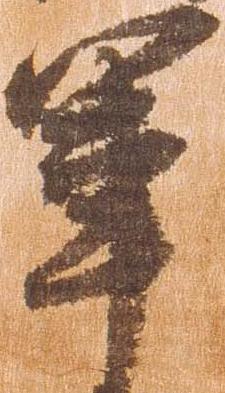
軍